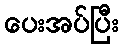
ပေးအပ်ပြီး